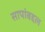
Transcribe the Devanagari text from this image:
सापांबद्दल